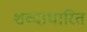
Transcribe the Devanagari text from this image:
शब्दाधारित